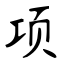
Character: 项